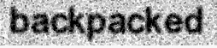
backpacked